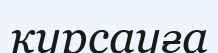
курсауға